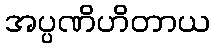
အပ္ပဏိဟိတာယ